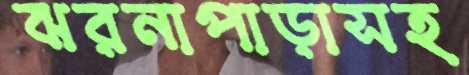
ঝরনাপাড়াসহ